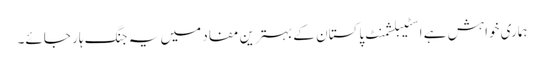
ہماری خواہش ہے اسٹیبلشمنٹ پاکستان کے بہترین مفاد میں یہ جنگ ہار جائے۔